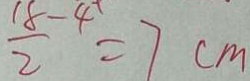
\frac { 1 8 - 4 } { 2 } = 7 c m